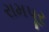
રામપૂર